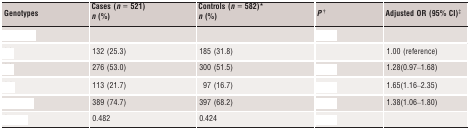
<table><thead><tr><td rowspan="2"><b>Genotypes</b></td><td><b>Cases (<i>n</i> = 521)</b></td><td><b>Controls (<i>n</i> = 582)*</b></td><td rowspan="2"><b><i>P</i>†</b></td><td rowspan="2"><b>Adjusted OR (95% CI)‡</b></td></tr><tr><td><b><i>n</i> (%)</b></td><td><b><i>n</i> (%)</b></td></tr></thead><tbody><tr><td>[EMPTY_CELL]</td><td>[EMPTY_CELL]</td><td>[EMPTY_CELL]</td><td>[EMPTY_CELL]</td><td>[EMPTY_CELL]</td></tr><tr><td>[EMPTY_CELL]</td><td>132 (25.3)</td><td>185 (31.8)</td><td>[EMPTY_CELL]</td><td>1.00 (reference)</td></tr><tr><td>[EMPTY_CELL]</td><td>276 (53.0)</td><td>300 (51.5)</td><td>[EMPTY_CELL]</td><td>1.28(0.97–1.68)</td></tr><tr><td>[EMPTY_CELL]</td><td>113 (21.7)</td><td>97 (16.7)</td><td>[EMPTY_CELL]</td><td>1.65(1.16–2.35)</td></tr><tr><td>[EMPTY_CELL]</td><td>389 (74.7)</td><td>397 (68.2)</td><td>[EMPTY_CELL]</td><td>1.38(1.06–1.80)</td></tr><tr><td>[EMPTY_CELL]</td><td>0.482</td><td>0.424</td><td>[EMPTY_CELL]</td><td>[EMPTY_CELL]</td></tr></tbody></table>